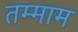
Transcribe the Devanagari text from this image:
तम्माम